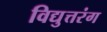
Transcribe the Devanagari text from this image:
विद्युत्तरंग